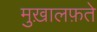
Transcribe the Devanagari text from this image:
मुख़ालफ़ते